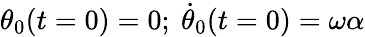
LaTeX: \theta_{0}(t=0)=0;\ \dot{\theta}_{0}(t=0)=\omega\alpha